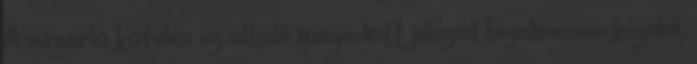
A vásárló köteles az általa megadott jelszót bizalmasan kezelni.